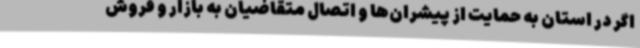
اگر در استان به حمایت از پیشران‌ها و اتصال متقاضیان به بازار و فروش